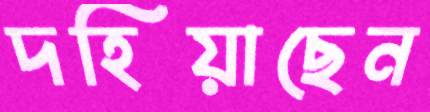
দহিয়াছেন